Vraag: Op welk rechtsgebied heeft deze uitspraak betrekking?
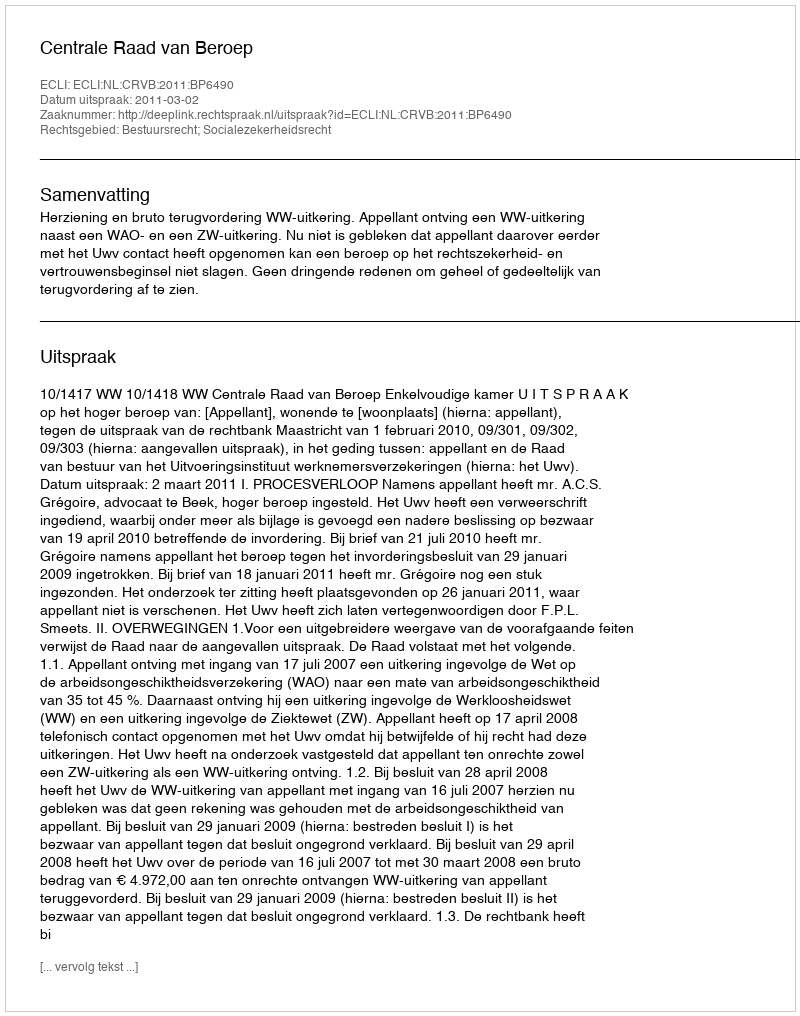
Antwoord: Bestuursrecht; Socialezekerheidsrecht